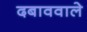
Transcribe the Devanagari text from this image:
दबाववाले